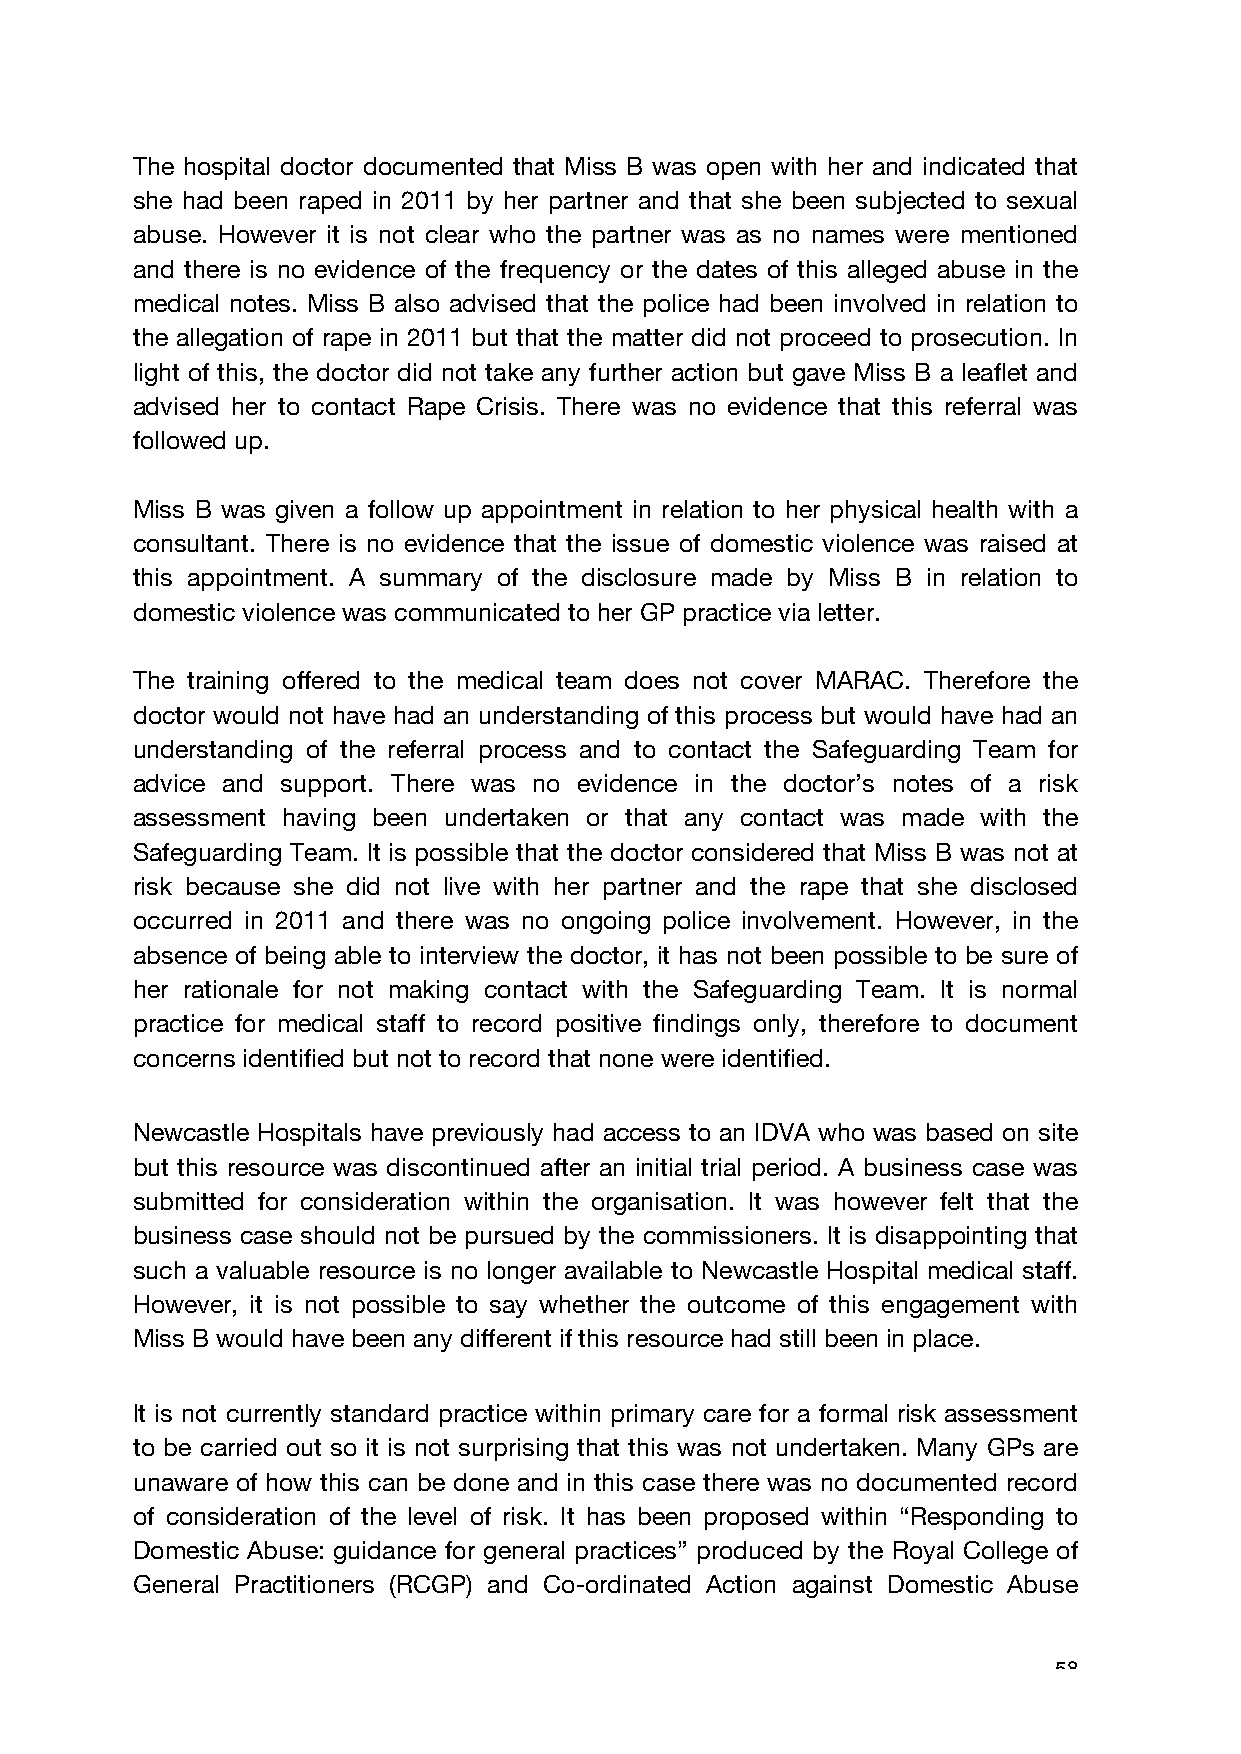
The hospital doctor documented that Miss B was open with her and indicated that
 she had been raped in 2011 by her partner and that she been subjected to sexual
 abuse. However it is not clear who the partner was as no names were mentioned
 and there is no evidence of the frequency or the dates of this alleged abuse in the
 medical notes. Miss B also advised that the police had been involved in relation to
 the allegation of rape in 2011 but that the matter did not proceed to prosecution. In
 light of this, the doctor did not take any further action but gave Miss B a leaflet and
 advised her to contact Rape Crisis. There was no evidence that this referral was
 followed up.
 Miss B was given a follow up appointment in relation to her physical health with a
 consultant. There is no evidence that the issue of domestic violence was raised at
 this appointment. A summary of the disclosure made by Miss B in relation to
 domestic violence was communicated to her GP practice via letter.
 The training offered to the medical team does not cover MARAC. Therefore the
 doctor would not have had an understanding of this process but would have had an
 understanding of the referral process and to contact the Safeguarding Team for
 advice and support. There was no evidence in the doctor’s notes of a risk
 assessment having been undertaken or that any contact was made with the
 Safeguarding Team. It is possible that the doctor considered that Miss B was not at
 risk because she did not live with her partner and the rape that she disclosed
 occurred in 2011 and there was no ongoing police involvement. However, in the
 absence of being able to interview the doctor, it has not been possible to be sure of
 her rationale for not making contact with the Safeguarding Team. It is normal
 practice for medical staff to record positive findings only, therefore to document
 concerns identified but not to record that none were identified.
 Newcastle Hospitals have previously had access to an IDVA who was based on site
 but this resource was discontinued after an initial trial period. A business case was
 submitted for consideration within the organisation. It was however felt that the
 business case should not be pursued by the commissioners. It is disappointing that
 such a valuable resource is no longer available to Newcastle Hospital medical staff.
 However, it is not possible to say whether the outcome of this engagement with
 Miss B would have been any different if this resource had still been in place.
 It is not currently standard practice within primary care for a formal risk assessment
 to be carried out so it is not surprising that this was not undertaken. Many GPs are
 unaware of how this can be done and in this case there was no documented record
 of consideration of the level of risk. It has been proposed within “Responding to
 Domestic Abuse: guidance for general practices” produced by the Royal College of
 General Practitioners (RCGP) and Co-ordinated Action against Domestic Abuse
 58